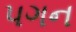
પગન